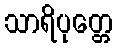
သာရိပုတ္တေ